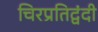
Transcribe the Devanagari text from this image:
चिरप्रतिद्वंदी